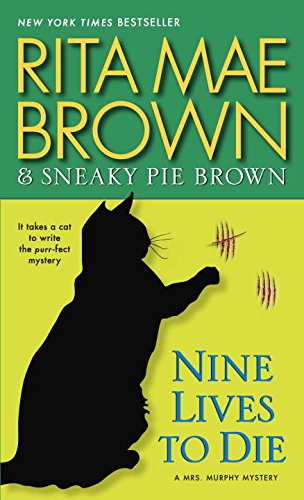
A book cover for Nine Lives to Die: A Mrs. Murphy Mystery; Rita Mae Brown; Mystery, Thriller & Suspense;